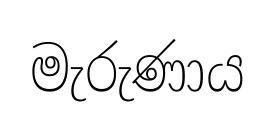
මැරුණාය